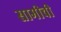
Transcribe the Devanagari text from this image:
सामीची